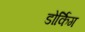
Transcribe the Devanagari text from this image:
डोर्किग